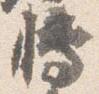
博